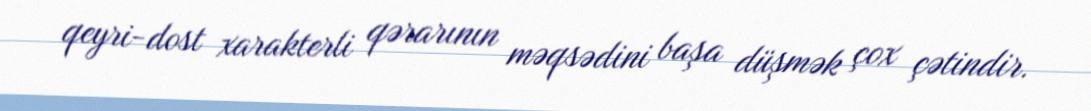
qeyri-dost xarakterli qərarının məqsədini başa düşmək çox çətindir.